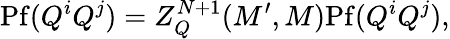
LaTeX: \mathrm{Pf}(Q^{i}Q^{j})=Z_{Q}^{N+1}(M^{\prime},M)\mathrm{Pf}(Q^{i}Q^{j}),